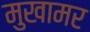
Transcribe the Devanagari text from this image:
मुखामर